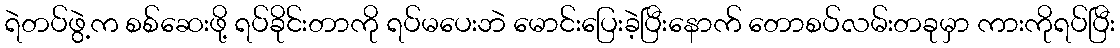
ရဲတပ်ဖွဲ့က စစ်ဆေးဖို့ ရပ်ခိုင်းတာကို ရပ်မပေးဘဲ မောင်းပြေးခဲ့ပြီးနောက် တောစပ်လမ်းတခုမှာ ကားကိုရပ်ပြီး